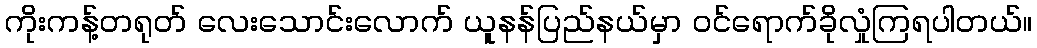
ကိုးကန့်တရုတ် လေးသောင်းလောက် ယူနန်ပြည်နယ်မှာ ဝင်ရောက်ခိုလှုံကြရပါတယ်။